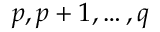
p , p + 1 , \ldots , q